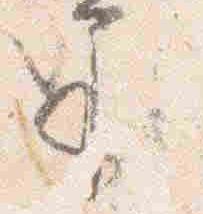
示